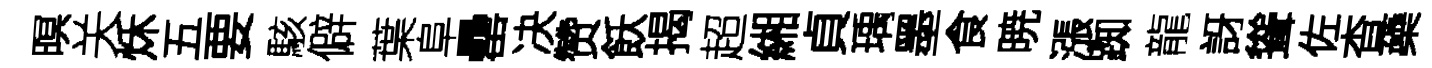
暝关秌五要駭僻葉阜罍决赞飫揭超緗貞瑀墨食暁漲踟龍訝聳佐杳蘃